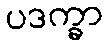
ပဒက္ခာ